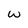
Character: w